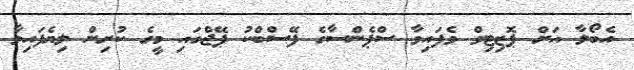
އެބޯލާ އަށް ޕޮޒިޓިވް ވެފައިވާ ސްޕެންސާގެ ފޭސްބްކު ޕޭޖްގައި މީގެ ކުރިން ލިޔެފައިވާ